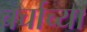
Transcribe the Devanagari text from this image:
चर्चाच्या